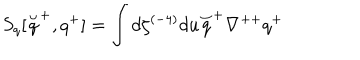
S _ { q } [ \stackrel { \smile } { q } ^ { + } , q ^ { + } ] = \int d \zeta ^ { ( - 4 ) } d u \stackrel { \smile } { q } ^ { + } \nabla ^ { + + } q ^ { + }